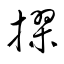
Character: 摎